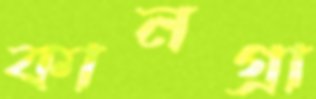
কানগ্রা